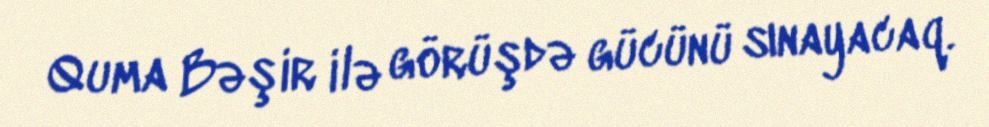
Quma Bəşir ilə görüşdə gücünü sınayacaq.